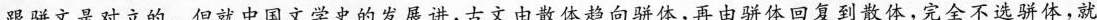
跟骈文是对立的。但就中国文学史的发展讲，古文由散体趋向骈体，再由骈体回复到散体。完全不选骈体，就